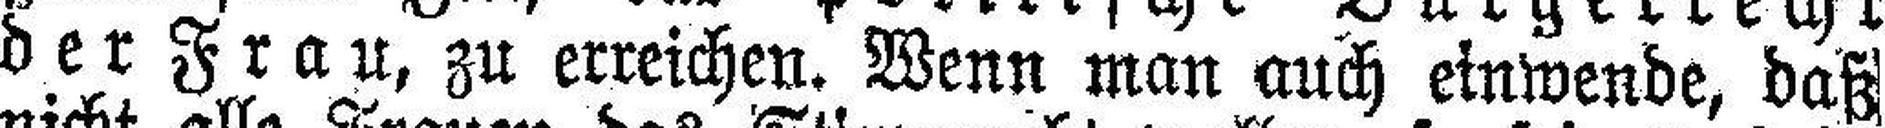
der Frau, zu erreichen. Wenn man auch einwende, daß